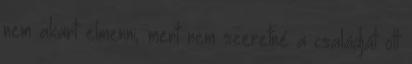
nem akart elmenni, mert nem szeretné a családját ott